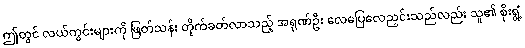
ဤတွင် လယ်ကွင်းများကို ဖြတ်သန်း တိုက်ခတ်လာသည့် အရုဏ်ဦး လေပြေလေညှင်းသည်လည်း သူ၏ စိုးရွံ့